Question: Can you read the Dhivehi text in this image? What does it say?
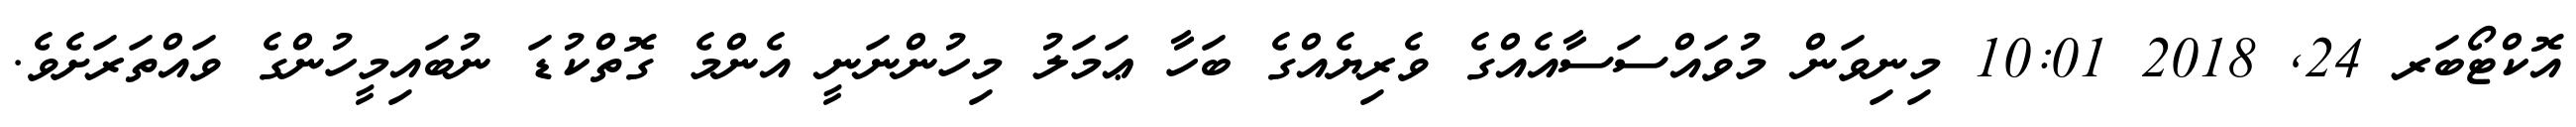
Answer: އޮކްޓޯބަރ 24, 2018 10:01 މިނިވަން މުވައްސަސާއެއްގެ ވެރިޔެއްގެ ބަހާ ޢަމަލު މިހުންނަނީ އެންމެ ގޮތްކުޑަ ނުބައިމީހުންގެ ވައްތަރަށެވެ.